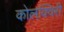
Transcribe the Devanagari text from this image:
कोलक्विरी